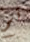
تم